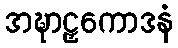
အဍ္ဎာဠှကောဒနံ